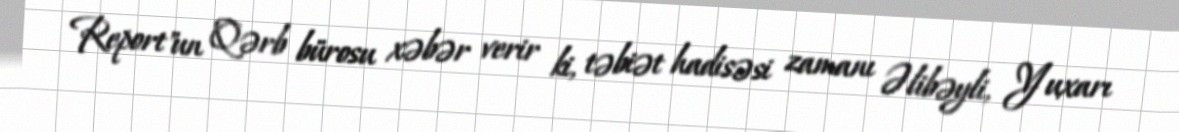
Report"un Qərb bürosu xəbər verir ki, təbiət hadisəsi zamanı Əlibəyli, Yuxarı